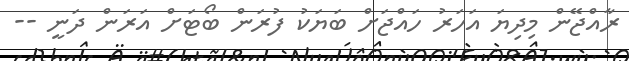
ރާއްޖޭން މިދިޔަ އަހަރު ހައްޖަށް ބަޔަކު ފުރަން ބޯޓަށް އަރަން ދަނީ --